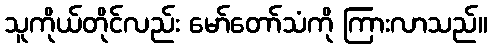
သူကိုယ်တိုင်လည်း မော်တော်သံကို ကြားလာသည်။